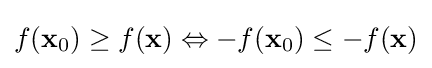
f(\mathbf {x} _{0})\geq f(\mathbf {x} )\Leftrightarrow -f(\mathbf {x} _{0})\leq -f(\mathbf {x} )